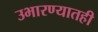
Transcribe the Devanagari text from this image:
उभारण्यातही